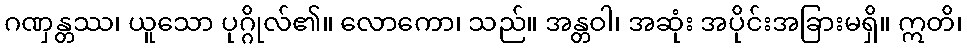
ဂဏှန္တဿ၊ ယူသော ပုဂ္ဂိုလ်၏။ လောကော၊ သည်။ အန္တဝါ၊ အဆုံး အပိုင်းအခြားမရှိ။ ဣတိ၊